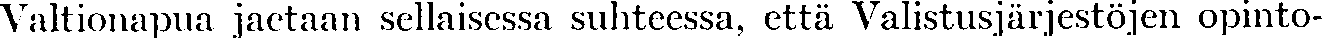
Valtionapua jaetaan sellaisessa suhteessa, että Valistusjärjestöjen opinto-